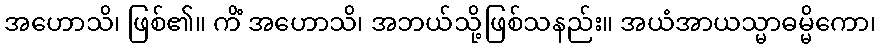
အဟောသိ၊ ဖြစ်၏။ ကိံ အဟောသိ၊ အဘယ်သို့ဖြစ်သနည်း။ အယံအာယသ္မာဓမ္မိကော၊